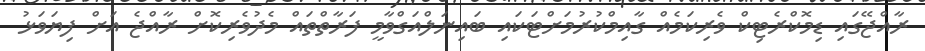
ރާއްޖޭގައި ޑިމޮކްރެޓިކް ވެރިކަމެއް ގާއިމްކުރުމަށްޓަކައި ބައިނަލްއަގްވާމީ ފަރާތްތައް މެދުވެރިކޮށް ރާއްޖެ އަށް ފިޔަވަޅު